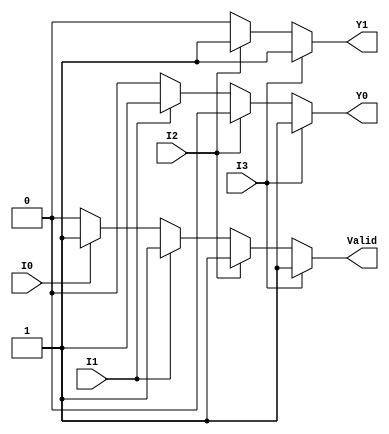
module priority_encoder_4_to_2 (
    input wire I0,   // Input 0
    input wire I1,   // Input 1
    input wire I2,   // Input 2
    input wire I3,   // Input 3
    output reg Y1,   // Most significant bit of output
    output reg Y0,   // Least significant bit of output
    output reg Valid  // Indicates if any input is active
);

always @(*) begin
    // Default outputs
    Y1 = 1'b0;
    Y0 = 1'b0;
    Valid = 1'b0;

    // Check for the highest priority input
    if (I3) begin
        Y1 = 1'b1;
        Y0 = 1'b1;
        Valid = 1'b1;
    end else if (I2) begin
        Y1 = 1'b1;
        Y0 = 1'b0;
        Valid = 1'b1;
    end else if (I1) begin
        Y1 = 1'b0;
        Y0 = 1'b1;
        Valid = 1'b1;
    end else if (I0) begin
        Y1 = 1'b0;
        Y0 = 1'b0;
        Valid = 1'b1;
    end else begin
        // If no inputs are active, Valid will remain 0
        Valid = 1'b0;
    end
end

endmodule